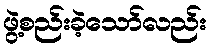
ဖွဲ့စည်းခဲ့သော်လည်း